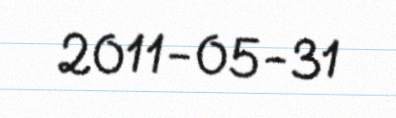
2011-05-31